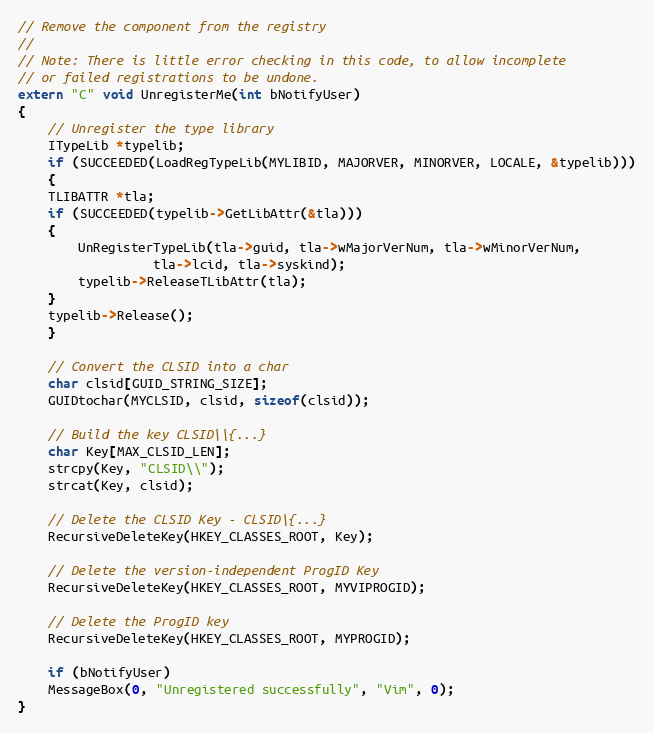
Language: C++
// Remove the component from the registry
//
// Note: There is little error checking in this code, to allow incomplete
// or failed registrations to be undone.
extern "C" void UnregisterMe(int bNotifyUser)
{
    // Unregister the type library
    ITypeLib *typelib;
    if (SUCCEEDED(LoadRegTypeLib(MYLIBID, MAJORVER, MINORVER, LOCALE, &typelib)))
    {
	TLIBATTR *tla;
	if (SUCCEEDED(typelib->GetLibAttr(&tla)))
	{
	    UnRegisterTypeLib(tla->guid, tla->wMajorVerNum, tla->wMinorVerNum,
			      tla->lcid, tla->syskind);
	    typelib->ReleaseTLibAttr(tla);
	}
	typelib->Release();
    }

    // Convert the CLSID into a char
    char clsid[GUID_STRING_SIZE];
    GUIDtochar(MYCLSID, clsid, sizeof(clsid));

    // Build the key CLSID\\{...}
    char Key[MAX_CLSID_LEN];
    strcpy(Key, "CLSID\\");
    strcat(Key, clsid);

    // Delete the CLSID Key - CLSID\{...}
    RecursiveDeleteKey(HKEY_CLASSES_ROOT, Key);

    // Delete the version-independent ProgID Key
    RecursiveDeleteKey(HKEY_CLASSES_ROOT, MYVIPROGID);

    // Delete the ProgID key
    RecursiveDeleteKey(HKEY_CLASSES_ROOT, MYPROGID);

    if (bNotifyUser)
	MessageBox(0, "Unregistered successfully", "Vim", 0);
}